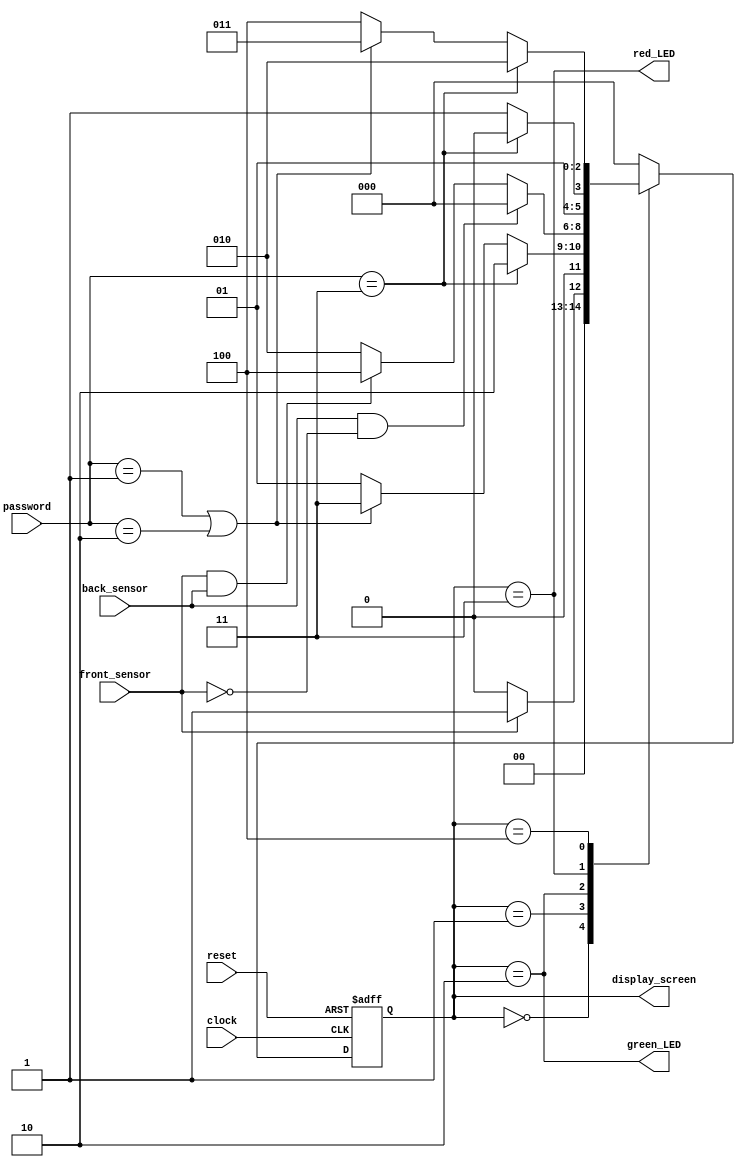
module CarParkingSystem(
  input front_sensor,
  input back_sensor,
  input clock,
  input reset,
  input [1:0] password,
  output reg green_LED,
  output reg red_LED,
  output reg[2:0] display_screen
);

parameter IDLE_STATE = 3'b000;
parameter WAIT_FOR_PASSWORD_STATE = 3'b001;
parameter RIGHT_PASS_STATE = 3'b010;
parameter WRONG_PASS_STATE = 3'b011;
parameter NEW_STOP_STATE = 3'b100;


reg[2:0] state, next_state;


always @(posedge clock or posedge reset) begin
  if (reset) begin
    state <= IDLE_STATE;
  end else begin
    state <= next_state;
  end
end

always @(*) begin
  case(state)
    IDLE_STATE:
      if (front_sensor) begin
        next_state = WAIT_FOR_PASSWORD_STATE;
      end else begin
        next_state = IDLE_STATE;
      end

    WAIT_FOR_PASSWORD_STATE:
      if (password == 2'b11) begin
        next_state = RIGHT_PASS_STATE;
      end else if (password == 2'b01 || password == 2'b10) begin
        next_state = WRONG_PASS_STATE;
      end else begin
        next_state = WAIT_FOR_PASSWORD_STATE;
      end

    RIGHT_PASS_STATE:
      if (back_sensor==1 && front_sensor==0) begin
        next_state = IDLE_STATE;
      end else if (front_sensor==1 && back_sensor==1) begin
        next_state = NEW_STOP_STATE;
      end else begin
        next_state = RIGHT_PASS_STATE;
      end
    WRONG_PASS_STATE:
       if (password == 2'b11) begin
        next_state = RIGHT_PASS_STATE;
      end else if (password == 2'b01 || password == 2'b10) begin
        next_state = WRONG_PASS_STATE;
      end else begin
        next_state = WRONG_PASS_STATE;
      end
    NEW_STOP_STATE:
      if (password == 2'b11) begin
        next_state = RIGHT_PASS_STATE;
      end else if (password == 2'b01 || password == 2'b10) begin
        next_state = WRONG_PASS_STATE;
      end else begin
        next_state = NEW_STOP_STATE;
      end
    default:
      next_state = IDLE_STATE;
  endcase
end


always @(*) begin
 green_LED = (state == RIGHT_PASS_STATE );
 red_LED = (state == WRONG_PASS_STATE);
 display_screen = state;
end
endmodule